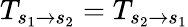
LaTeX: T_{s_{1}\rightarrow s_{2}}=T_{s_{2}\rightarrow s_{1}}